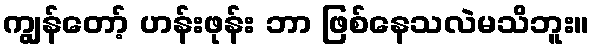
ကျွန်တော့် ဟန်းဖုန်း ဘာ ဖြစ်နေသလဲမသိဘူး။